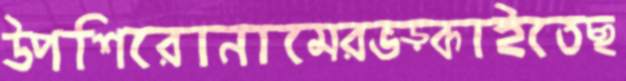
উপশিরোনামেরভড়্‌কাইতেছ